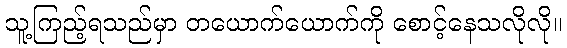
သူ့ကြည့်ရသည်မှာ တယောက်ယောက်ကို စောင့်နေသလိုလို။